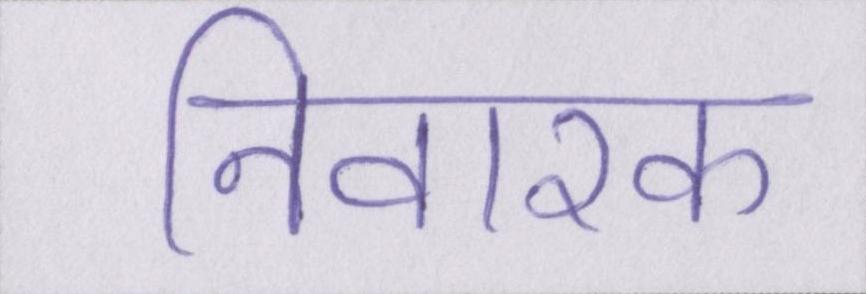
निवारक